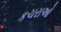
કચરાઓ